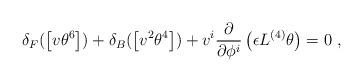
LaTeX: \begin{align*}\delta_F ( \left[ v \theta^6 \right] )+ \delta_B ( \left[ v^2 \theta^4 \right] )+ v^i \frac{\partial}{\partial \phi^i } \left( \epsilon L^{(4)} \theta \right) = 0 ~ ,\end{align*}